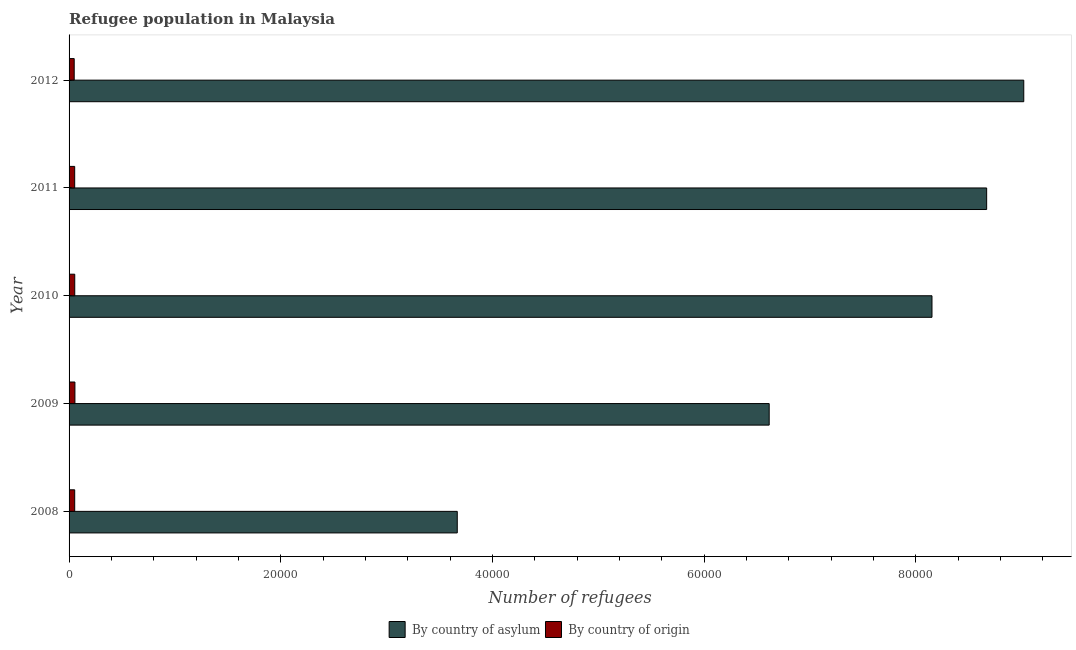
| Year | By country of asylum | By country of origin |
 | --- | --- | --- |
 | 2008 | 3.67e+04 | 532 |
 | 2009 | 6.61e+04 | 552 |
 | 2010 | 8.15e+04 | 537 |
 | 2011 | 8.67e+04 | 531 |
 | 2012 | 9.02e+04 | 485 |